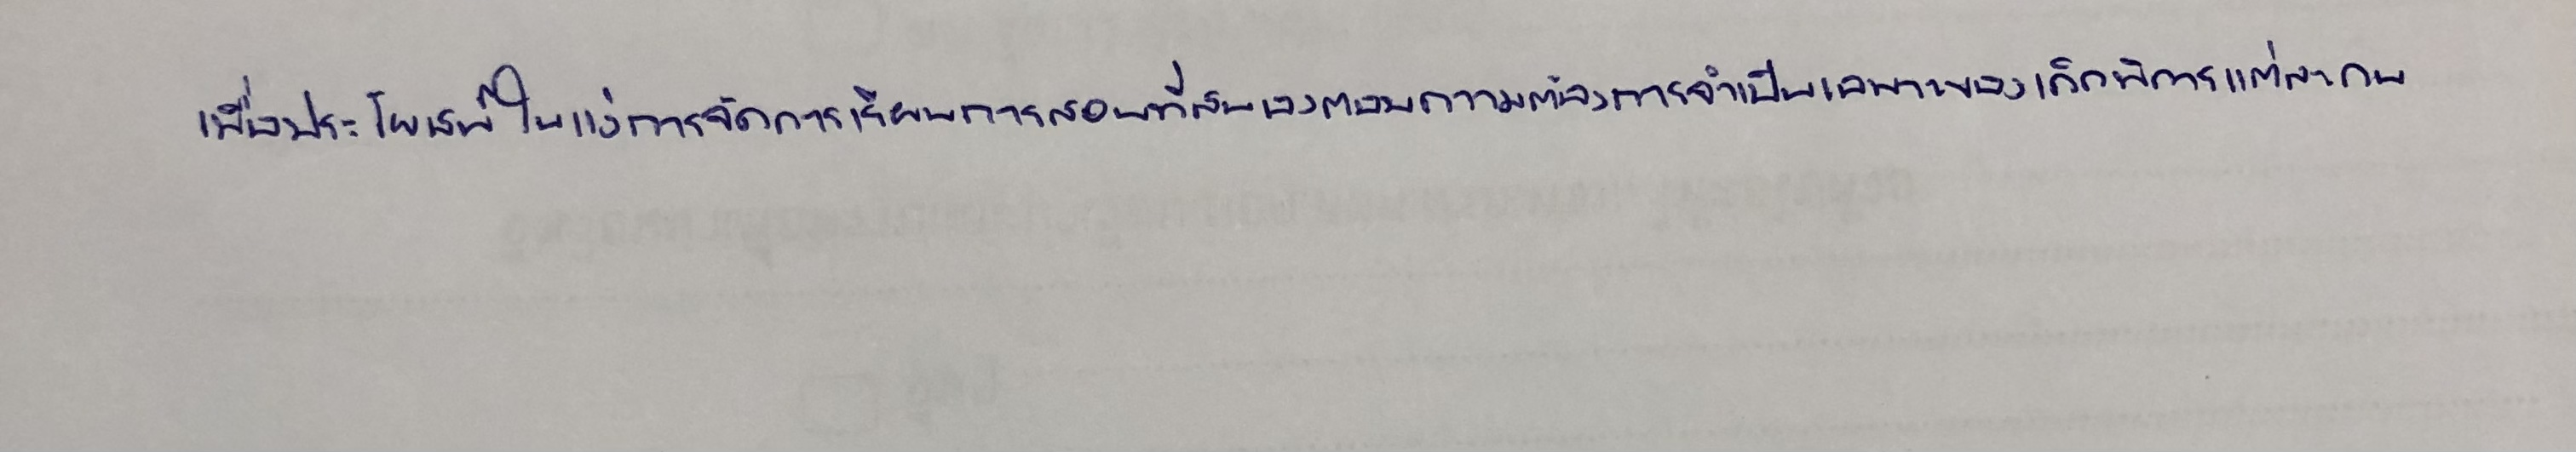
เพื่อประโยชน์ในแง่การจัดการเรียนการสอนที่สนองตอบความต้องการจำเป็นเฉพาะของเด็กพิการแต่ละคน